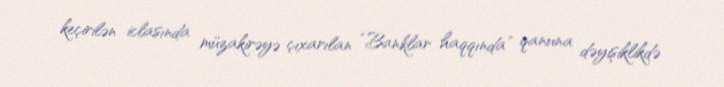
keçirilən iclasında müzakirəyə çıxarılan “Banklar haqqında” qanuna dəyişiklikdə